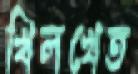
খিলখেত